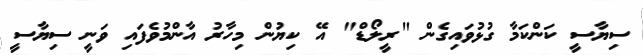
ސިޔާސީ ކަންކަމާ ގުޅުވައިގެން "ރީލޯޑް" އޭ ކިޔުން މިހާރު އާންމުވެފައި ވަނީ ސިޔާސީ